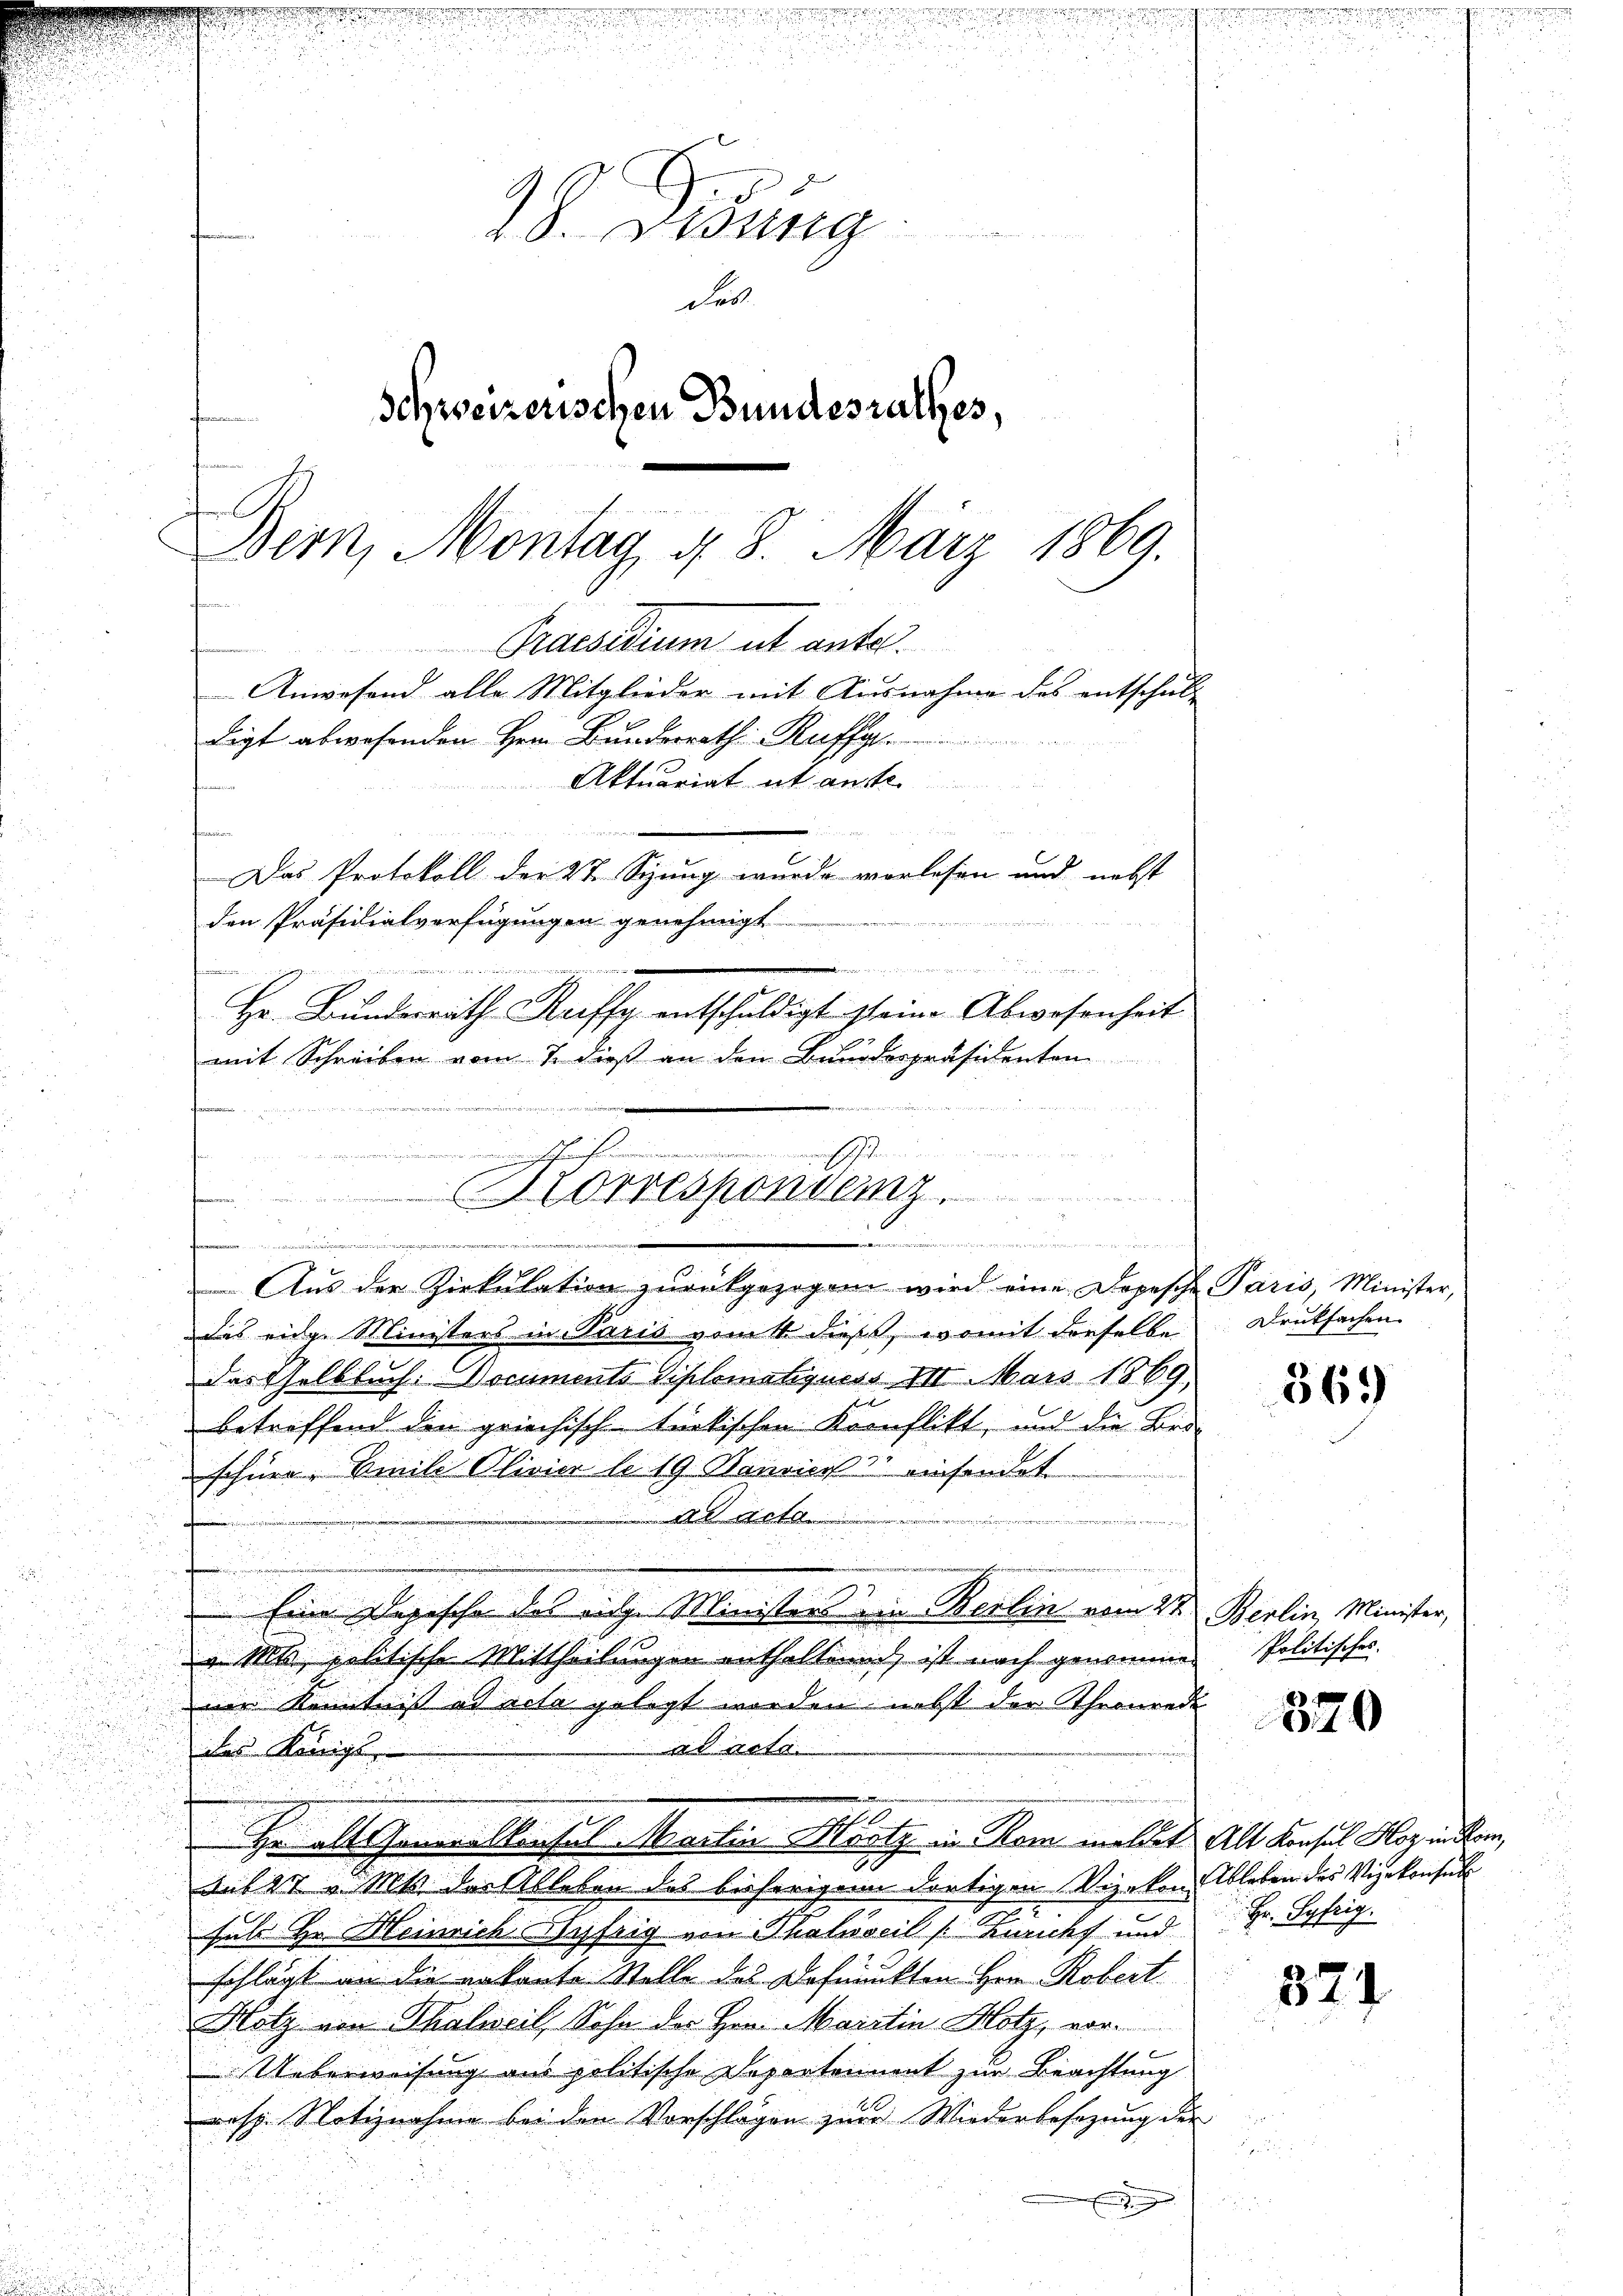
i
18. Disung
des
Schweizerischen Bundesrathes,

Bern, Montag d. 8. März 1869.
Praesidium alt ante.
Anwesend alle Mitglieder mit Ausnahme des entschul-
digt abwesenden Herr Bunderrath Ruffa
Aktuariat ut anste
f

e
Das Protokoll der St. Sizung wurde vorlesen und nebst
den Präsidialverfügungen genehmigt

Hr. Bundesrath Raffe entschuldigt seine Abwesenheit
mit Schreiben vom 7. dieß an den Bundespräsidenten
 den den in der eine
............................
Horrespondenz.
¬

.
e
.

Aus der Zirkulation zurückgezogen wird eine Dopesche Paris, Minister,
das eidge Ministers in Paris vom 11. dieß, womit derselbe
das Gelbbuch. Documents Diplomatquess III. Mais 1869,
betreffend den griechisch-tückischen Konflikt, und die Bri-
schön. Amil Olivier le 19 Bannes einsendet
t
.
.
2
n
 Eine Depesche des eige Ministers ein Berlin vom 2ten Berlin, Minister,
d
 Mt jettische Mittheilungen enthaltend, ist nach genommen Politisches
d
in Kenntnis es sehr gelegt worden nebst der Thronrede

ad acta
das Königl.
.
22
u
Hr alt Generalkonsul-Martin Mostz in Rom meldet Alt Konsul Hoz in Rom,
auf 24 Mit der Ableben des bisherigen dortigen Vizekon Ableben des Vizekonsul

sulo Hr. Heinrich Syfrig von Tholisseil [Zuricht und Hr. Syfrig.
5
schlägt an die vakante Stelle des Defuunkten Hrn. Robert.
Hotz von Thalweil, Sohn der Hrn. Maistin Hotz, vor-
Ueberweisung aus politische Departeimont zur Beachtung
resp. Notiznahme bei den Vorschlagen zur Wiederbesezung der
e
.

Drucksachen

.

369

320

324